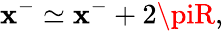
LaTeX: \mathbf{x}^{-}\simeq\mathbf{x}^{-}+2\piR,